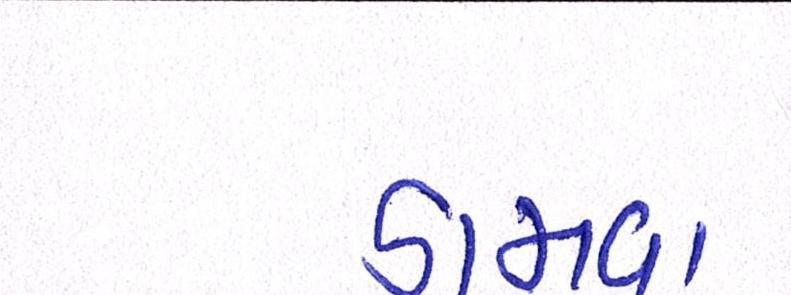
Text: ડામવા